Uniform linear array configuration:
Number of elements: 24
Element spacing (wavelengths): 0.75
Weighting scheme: exponential
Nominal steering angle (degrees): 0
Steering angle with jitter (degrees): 0.7579
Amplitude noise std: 0.05
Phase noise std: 0.05

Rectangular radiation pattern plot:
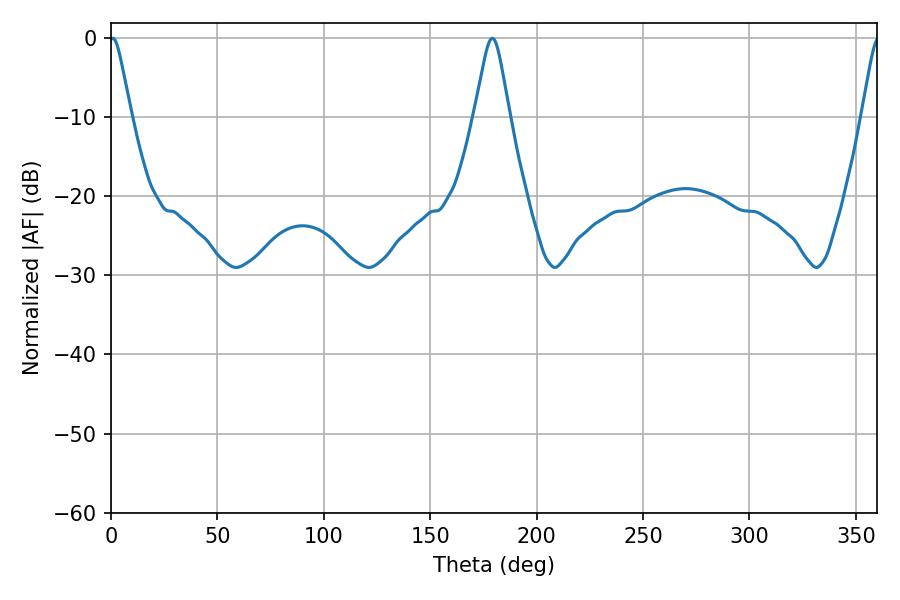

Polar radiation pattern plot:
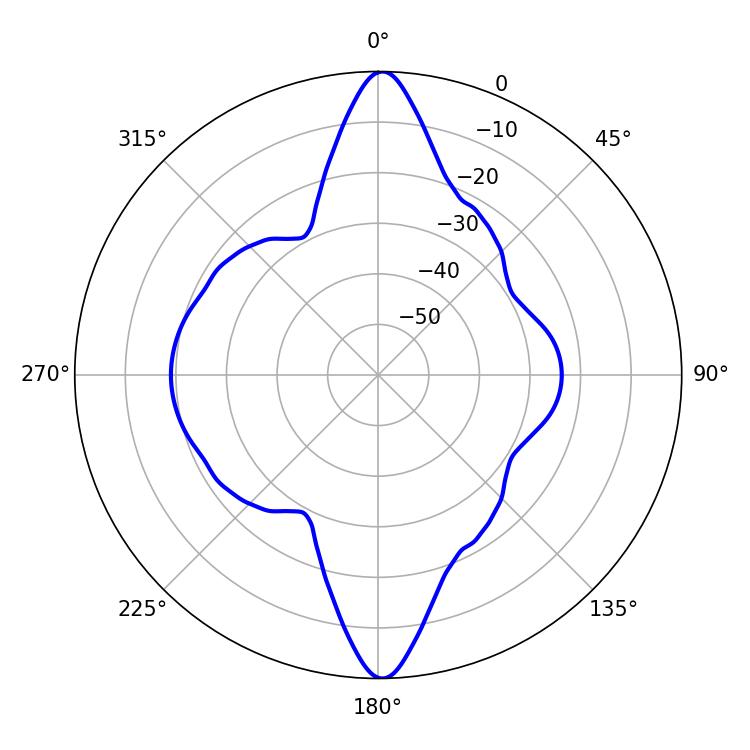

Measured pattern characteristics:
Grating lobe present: TRUE
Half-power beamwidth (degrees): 4.68
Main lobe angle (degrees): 0.9